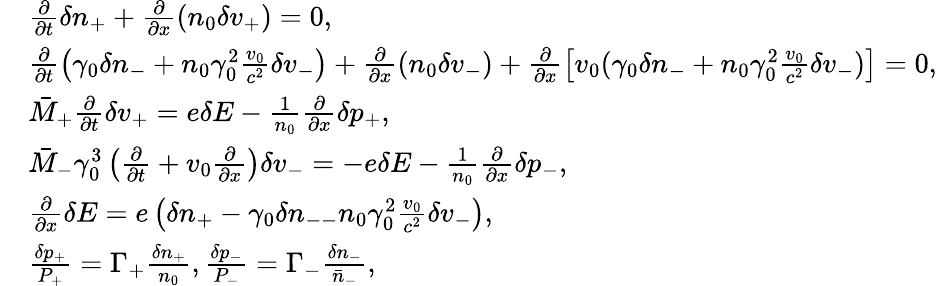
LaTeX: \begin{array}{rl}&{\frac{\partial}{\partial t}\delta n_{+}+\frac{\partial}{\partial x}(n_{0}\delta v_{+})=0,}\\ &{\frac{\partial}{\partial t}\left(\gamma_{0}\delta n_{-}+n_{0}\gamma_{0}^{2}\frac{v_{0}}{c^{2}}\delta v_{-}\right)+\frac{\partial}{\partial x}(n_{0}\delta v_{-})+\frac{\partial}{\partial x}\left[v_{0}(\gamma_{0}\delta n_{-}+n_{0}\gamma_{0}^{2}\frac{v_{0}}{c^{2}}\delta v_{-})\right]=0,}\\ &{\bar{M}_{+}\frac{\partial}{\partial t}\delta v_{+}=e\delta E-\frac{1}{n_{0}}\frac{\partial}{\partial x}\delta p_{+},}\\ &{\bar{M}_{-}\gamma_{0}^{3}\left(\frac{\partial}{\partial t}+v_{0}\frac{\partial}{\partial x}\right)\delta v_{-}=-e\delta E-\frac{1}{n_{0}}\frac{\partial}{\partial x}\delta p_{-},}\\ &{\frac{\partial}{\partial x}\delta E=e\left(\delta n_{+}-\gamma_{0}\delta n_{--}n_{0}\gamma_{0}^{2}\frac{v_{0}}{c^{2}}\delta v_{-}\right),}\\ &{\frac{\delta p_{+}}{P_{+}}=\Gamma_{+}\frac{\delta n_{+}}{n_{0}},\frac{\delta p_{-}}{P_{-}}=\Gamma_{-}\frac{\delta n_{-}}{\bar{n}_{-}},}\end{array}